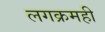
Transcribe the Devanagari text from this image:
लगक्रमही